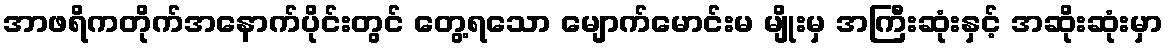
အာဖရိကတိုက်အနောက်ပိုင်းတွင် တွေ့ရသော မျောက်မောင်းမ မျိုးမှ အကြီးဆုံးနှင့် အဆိုးဆုံးမှာ